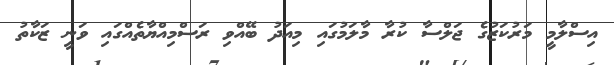
އިސްލާމީ މަރުކަޒުގެ ޖަލްސާ ކުރާ މާލަމުގައި މިއަދު ބޭއްވި ރަސްމިއްޔާތެއްގައި ވަނީ ޒަކާތު